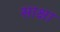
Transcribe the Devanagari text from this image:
साक्षा